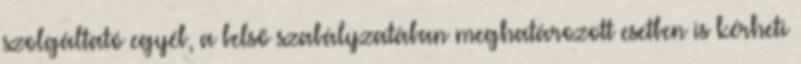
szolgáltató egyéb, a belső szabályzatában meghatározott esetben is kérheti